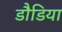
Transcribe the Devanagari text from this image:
डौडिया